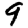
Digit: 9